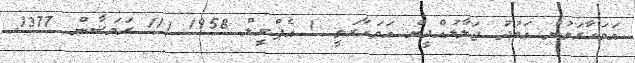
އަވަހާރަވުން ޢަބުދު ޖަލާލުއްދީން އަވަހާރަވީ 1 އެޕްރީލް 1958 (11 ރަމަޟާން 1377ހ